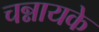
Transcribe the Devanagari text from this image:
चन्नायके